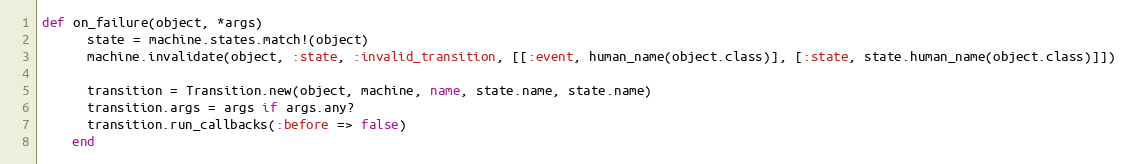
Language: Ruby
def on_failure(object, *args)
      state = machine.states.match!(object)
      machine.invalidate(object, :state, :invalid_transition, [[:event, human_name(object.class)], [:state, state.human_name(object.class)]])

      transition = Transition.new(object, machine, name, state.name, state.name)
      transition.args = args if args.any?
      transition.run_callbacks(:before => false)
    end